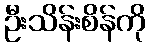
ဦးသိန်းစိန်ကို